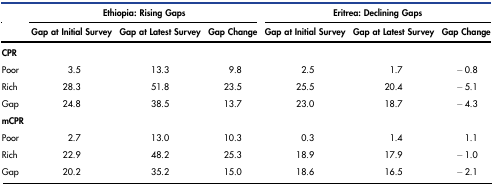
<table><thead><tr><td></td><td colspan="3"><b>Ethiopia: Rising Gaps</b></td><td colspan="3"><b>Eritrea: Declining Gaps</b></td></tr><tr><td></td><td><b>Gap at Initial Survey</b></td><td><b>Gap at Latest Survey</b></td><td><b>Gap Change</b></td><td><b>Gap at Initial Survey</b></td><td><b>Gap at Latest Survey</b></td><td><b>Gap Change</b></td></tr></thead><tbody><tr><td><b>CPR</b></td><td></td><td></td><td></td><td></td><td></td><td></td></tr><tr><td>Poor</td><td>3.5</td><td>13.3</td><td>9.8</td><td>2.5</td><td>1.7</td><td>−0.8</td></tr><tr><td>Rich</td><td>28.3</td><td>51.8</td><td>23.5</td><td>25.5</td><td>20.4</td><td>−5.1</td></tr><tr><td>Gap</td><td>24.8</td><td>38.5</td><td>13.7</td><td>23.0</td><td>18.7</td><td>−4.3</td></tr><tr><td><b>mCPR</b></td><td></td><td></td><td></td><td></td><td></td><td></td></tr><tr><td>Poor</td><td>2.7</td><td>13.0</td><td>10.3</td><td>0.3</td><td>1.4</td><td>1.1</td></tr><tr><td>Rich</td><td>22.9</td><td>48.2</td><td>25.3</td><td>18.9</td><td>17.9</td><td>−1.0</td></tr><tr><td>Gap</td><td>20.2</td><td>35.2</td><td>15.0</td><td>18.6</td><td>16.5</td><td>−2.1</td></tr></tbody></table>